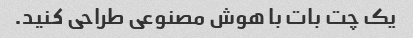
یک چت بات با هوش مصنوعی طراحی کنید.